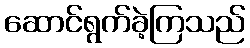
ဆောင်ရွက်ခဲ့ကြသည်